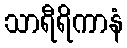
သာရီရိကာနံ